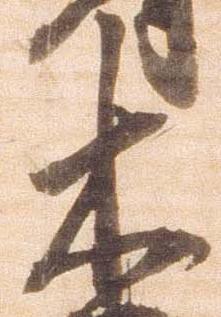
木